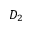
D _ { 2 }